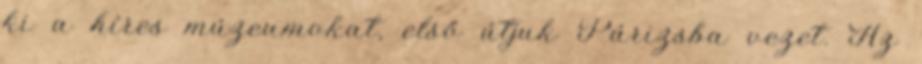
ki a híres múzeumokat, első útjuk Párizsba vezet. Az